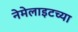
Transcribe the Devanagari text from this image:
नेमेलाइटच्या